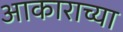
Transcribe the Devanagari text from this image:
अाकाराच्या